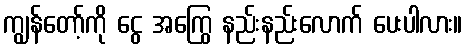
ကျွန်တော့်ကို ငွေ အကြွေ နည်းနည်းလောက် ပေးပါလား။